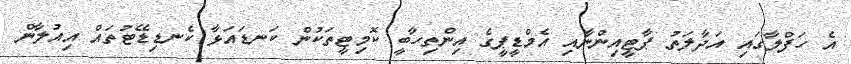
އެ ހަފްލާގައި އަދާލަތު ޕާޓީއިންނާއި އެމްޑީޕީގެ އިންތިހާބީ ކޮމިޓީތަކުން ކަނޑައަޅާ ކެނޑިޑޭޓުތައް އިއުލާން